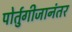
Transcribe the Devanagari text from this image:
पोर्तुगीजानंतर